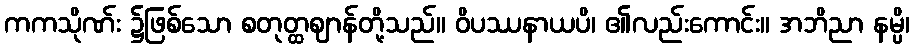
ကကသိုဏ်း ၌ဖြစ်သော စတုတ္ထဈာန်တို့သည်။ ဝိပဿနာယပိ၊ ၏လည်းကောင်း။ အဘိညာ နမ္ပိ၊